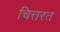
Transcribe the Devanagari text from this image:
चित्तरत